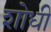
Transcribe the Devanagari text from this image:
शोधी